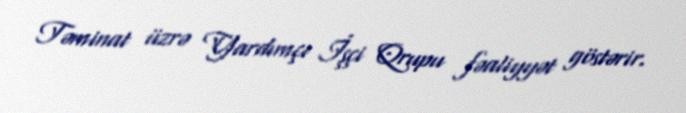
Təminat üzrə Yardımçı İşçi Qrupu fəaliyyət göstərir.